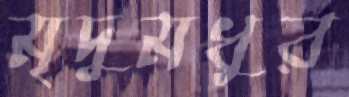
মৃদুমধুর